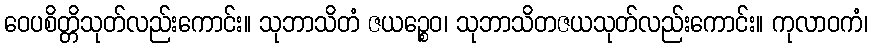
ဝေပစိတ္တိသုတ်လည်းကောင်း။ သုဘာသိတံ ဇယဉ္စေဝ၊ သုဘာသိတဇယသုတ်လည်းကောင်း။ ကုလာဝကံ၊